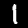
Label: 1